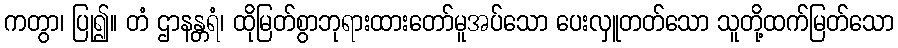
ကတွာ၊ ပြု၍။ တံ ဌာနန္တရံ၊ ထိုမြတ်စွာဘုရားထားတော်မူအပ်သော ပေးလှူတတ်သော သူတို့ထက်မြတ်သော